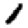
Digit: 1